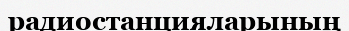
радиостанцияларының